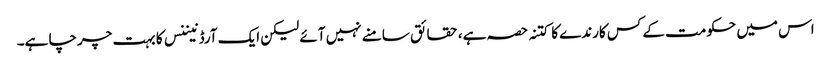
اس میں حکومت کے کس کارندے کا کتنہ حصہ ہے، حقائق سامنے نہیں آئے لیکن ایک آرڈنیننس کا بہت چرچا ہے۔